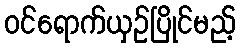
ဝင်ရောက်ယှဉ်ပြိုင်မည့်